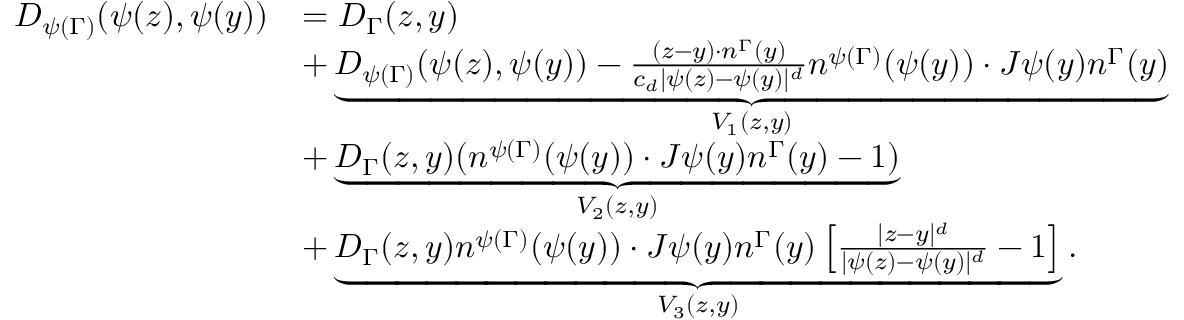
\begin{array} { r l } { D _ { \psi ( \Gamma ) } ( \psi ( z ) , \psi ( y ) ) } & { = D _ { \Gamma } ( z , y ) } \\ & { + \underbrace { D _ { \psi ( \Gamma ) } ( \psi ( z ) , \psi ( y ) ) - \frac { ( z - y ) \cdot n ^ { \Gamma } ( y ) } { c _ { d } | \psi ( z ) - \psi ( y ) | ^ { d } } n ^ { \psi ( \Gamma ) } ( \psi ( y ) ) \cdot J \psi ( y ) n ^ { \Gamma } ( y ) } _ { V _ { 1 } ( z , y ) } } \\ & { + \underbrace { D _ { \Gamma } ( z , y ) ( n ^ { \psi ( \Gamma ) } ( \psi ( y ) ) \cdot J \psi ( y ) n ^ { \Gamma } ( y ) - 1 ) } _ { V _ { 2 } ( z , y ) } } \\ & { + \underbrace { D _ { \Gamma } ( z , y ) n ^ { \psi ( \Gamma ) } ( \psi ( y ) ) \cdot J \psi ( y ) n ^ { \Gamma } ( y ) \left[ \frac { | z - y | ^ { d } } { | \psi ( z ) - \psi ( y ) | ^ { d } } - 1 \right] } _ { V _ { 3 } ( z , y ) } . } \end{array}